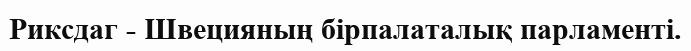
Риксдаг - Швецияның бірпалаталық парламенті.